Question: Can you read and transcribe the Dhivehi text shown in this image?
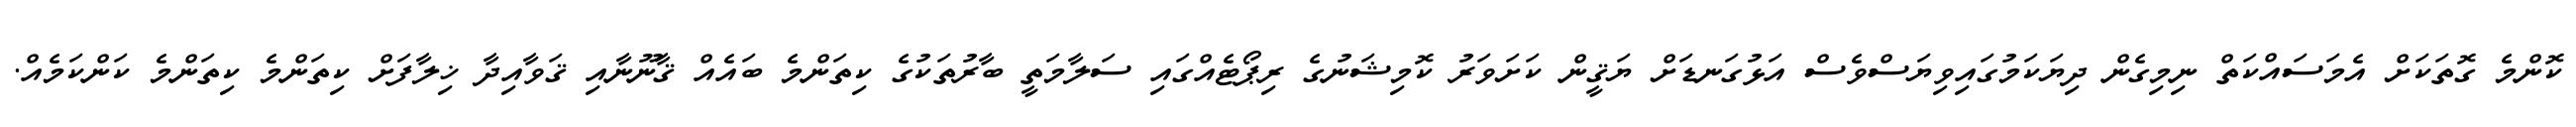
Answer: ކޮންމެ ގޮތަކަށް އެމަސައްކަތް ނިމިގެން ދިޔަކަމުގައިވިޔަސްވެސް އަޅުގަނޑަށް ޔަޤީން ކަށަވަރު ކޮމިޝަނުގެ ރިޕޯޓެއްގައި ސަލާމަތީ ބާރުތަކުގެ ކިތަންމެ ބައެއް ޤާނޫނާއި ޤަވާއިދާ ޚިލާފަށް ކިތަންމެ ކިތަންމެ ކަންކަމެއް.